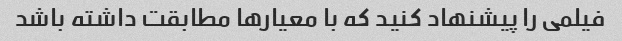
فیلمی را پیشنهاد کنید که با معیارها مطابقت داشته باشد